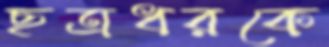
ছত্রধরকে